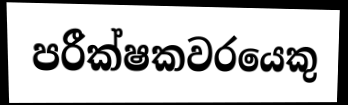
පරීක්ෂකවරයෙකු